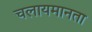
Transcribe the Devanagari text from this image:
चलायमानता